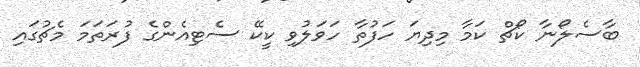
ބާސެލޯނާ ކޯޗް ކަމާ މިދިޔަ ހަފުތާ ހަވަލުވި ކީކޭ ސެޓިއެންގެ ފުރަތަމަ މެޗުގައި